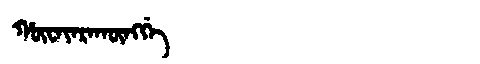
Manchu: ᡥᡡᠸᠠᠶᠠᡵᠠᡴᡡᠩᡤᡝ
Romanization: HŪWAYARAKŪNGGE